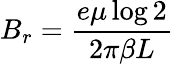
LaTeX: B_{r}=\frac{e\mu\log{2}}{2\pi\beta L}